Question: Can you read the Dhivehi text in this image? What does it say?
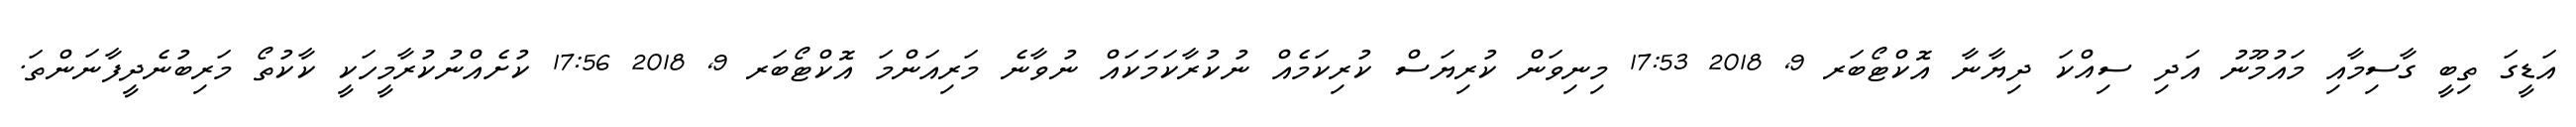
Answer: އަޑީގަ ތިބީ ގާސިމާއި މައުމޫނު އަދި ސިއްކަ ދިޔާނާ އޮކްޓޯބަރ 9, 2018 17:53 މިނިވަން ކުރިޔަސް ކުރިކަމެއް ނުކުރާކަމަކައް ނުވާނެ މަރިއަންމަ އޮކްޓޯބަރ 9, 2018 17:56 ކުށެއްނުކުރާމީހަކީ ކާކުތޯ މަރިބުނެދީފާނަންތަ.